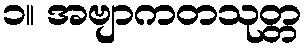
၁။ အဗျာကတသုတ္တ